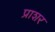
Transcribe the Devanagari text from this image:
प्राशर